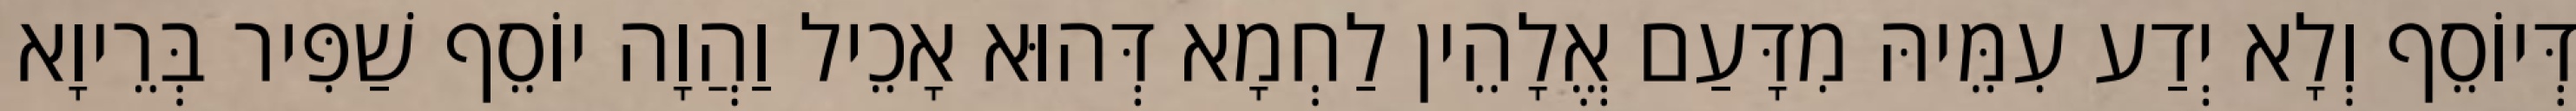
דְּיוֹסֵף וְלָא יְדַע עִמֵּיהּ מִדָּעַם אֱלָהֵין לַחְמָא דְּהוּא אָכֵיל וַהֲוָה יוֹסֵף שַׁפִּיר בְּרֵיוָא